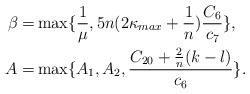
LaTeX: \begin{align*} \beta =&\max \{\frac{1}{\mu}, 5 n (2\kappa_{max}+\frac{1}{n}) \frac{C_6}{c_7} \}, \\ A=& \max\{A_1, A_2, \frac{C_{20} +\frac{2}{n} (k-l) }{c_6} \}.\end{align*}